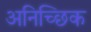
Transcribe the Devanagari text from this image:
अनिच्छिक